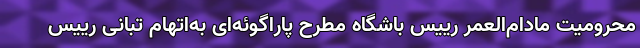
محرومیت مادام‌العمر رییس باشگاه مطرح پاراگوئه‌ای به‌اتهام تبانی رییس